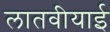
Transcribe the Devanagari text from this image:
लातवीयाई